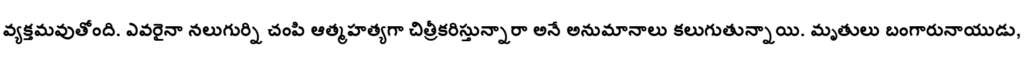
వ్యక్తమవుతోంది. ఎవరైనా నలుగుర్ని చంపి ఆత్మహత్యగా చిత్రీకరిస్తున్నారా అనే అనుమానాలు కలుగుతున్నాయి. మృతులు బంగారునాయుడు,